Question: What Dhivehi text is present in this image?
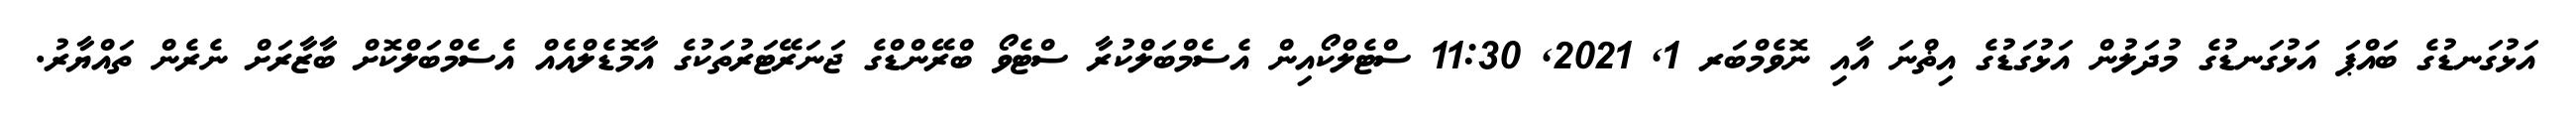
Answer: އަޅުގަނޑުގެ ބައްޕަ އަޅުގަނޑުގެ މުދަލުން އަޅުގަޑުގެ އިޡްނަ އާއި ނޮވެމްބަރ 1, 2021, 11:30 ސްޓެލްކޯއިން އެސެމްބަލްކުރާ ސްޓެވޯ ބްރޭންޑްގެ ޖަނަރޭޓަރުތަކުގެ އާމޮޑެލްއެއް އެސެމްބަލްކޮށް ބާޒާރަށް ނެރެން ތައްޔާރު.